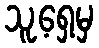
သူ့ရှေ့မှ